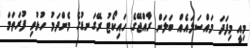
މިއީ މިފަދަ މައްސަލައެއް ބަލަން ރާއްޖޭގެ ހައިކޯޓު ރޭގަނޑުގެ މެންދަމު ހުޅުވި ފުރަތަމަ